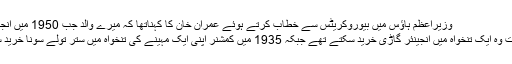
وزیراعظم ہاﺅس میں بیوروکریٹس سے خطاب کرتے ہوئے عمران خان کا کہناتھا کہ میرے والد جب 1950 میں انجینئر تھے
تو اس وقت وہ ایک تنخواہ میں انجینئر گاڑی خرید سکتے تھے جبکہ 1935 میں کمشنر اپنی ایک مہینے کی تنخواہ میں ستر تولے سونا خرید سکتا تھا ۔